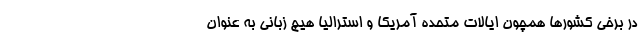
در برخی کشورها همچون ایالات متحده آمریکا و استرالیا هیچ زبانی به عنوان